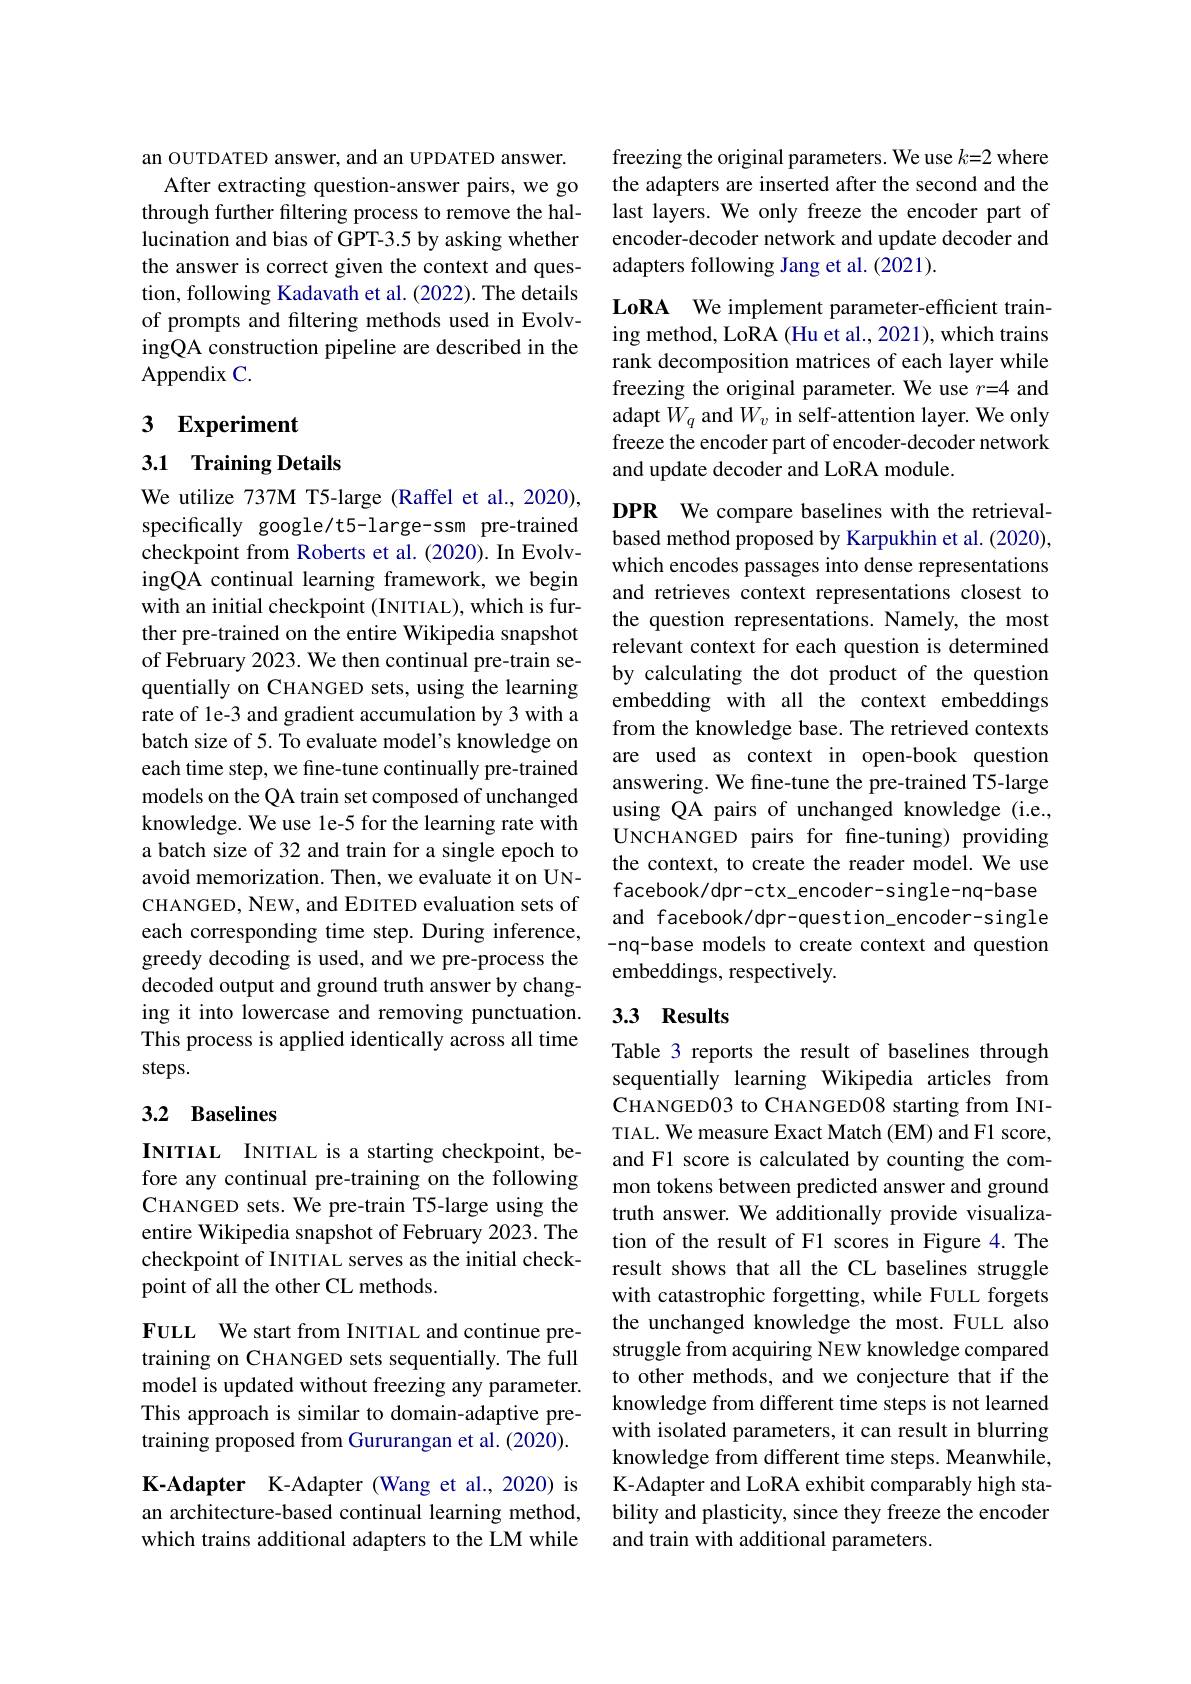
an OUTDATED answer, and an UPDATED answer.
After extracting question-answer pairs, we go through further filtering process to remove the hallucination and bias of GPT-3.5 by asking whether the answer is correct given the context and question, following Kadavath et al. (2022). The details of prompts and filtering methods used in EvolvingQA construction pipeline are described in the Appendix C.

## 3 Experiment

3.1 Training Details

We utilize 737M T5-large (Raffel et al., 2020), specifically google/t5-large-ssm pre-trained checkpoint from Roberts et al.(2020). In EvolvingQA continual learning framework, we begin with an initial checkpoint (INITIAL), which is further pre-trained on the entire Wikipedia snapshot of February 2023. We then continual pre-train sequentially on CHANGED sets, using the learning rate of le-3 and gradient accumulation by 3 with a batch size of 5. To evaluate model's knowledge on each time step, we fine-tune continually pre-trained models on the QA train set composed of unchanged knowledge. We use le-5 for the learning rate with a batch size of 32 and train for a single epoch to avoid memorization. Then, we evaluate it on UNCHANGED, NEW, and EDITED evaluation sets of each corresponding time step. During inference, greedy decoding is used, and we pre-process the decoded output and ground truth answer by changing it into lowercase and removing punctuation. This process is applied identically across all time steps.

## 3.2 Baselines

INITIAL INITIAL is a starting checkpoint, before any continual pre-training on the following CHANGED sets. We pre-train T5-large using the entire Wikipedia snapshot of February 2023. The checkpoint of INITIAL serves as the initial checkpoint of all the other CL methods.

FULL We start from INITIAL and continue pretraining on CHANGED sets sequentially. The full model is updated without freezing any parameter. This approach is similar to domain-adaptive pretraining proposed from Gururangan et al. (2020). K-Adapter K-Adapter (Wang et al., 2020) is an architecture-based continual learning method, which trains additional adapters to the LM while

freezing the original parameters. We use $k=2$ where the adapters are inserted after the second and the last layers. We only freeze the encoder part of encoder-decoder network and update decoder and adapters following Jang et al. (2021).

LoRA We implement parameter-efficient training method, LoRA (Hu et al., 2021), which trains rank decomposition matrices of each layer while freezing the original parameter. We use $r=4$ and adapt $W_q$ and $W_v$ in self-attention layer. We only freeze the encoder part of encoder-decoder network and update decoder and LoRA module.

DPR We compare baselines with the retrievalbased method proposed by Karpukhin et al. (2020), which encodes passages into dense representations and retrieves context representations closest to the question representations. Namely, the most relevant context for each question is determined by calculating the dot product of the question embedding with all the context embeddings from the knowledge base. The retrieved contexts are used as context in open-book question answering. We fine-tune the pre-trained T5-large using QA pairs of unchanged knowledge (i.e., UNCHANGED pairs for fne-tuning) providing the context, to create the reader model. We use facebook/dpr-ctx_encoder-single-nq-base and facebook/dpr-question\_encoder-single -nq-base models to create context and question embeddings, respectively.

## 3.3 Results

Table 3 reports the result of baselines through sequentially learning Wikipedia articles from CHANGED03 to CHANGED08 starting from INITIAL. We measure Exact Match (EM) and F1 score, and F1 score is calculated by counting the common tokens between predicted answer and ground truth answer. We additionally provide visualization of the result of F1 scores in Figure 4.The result shows that all the CL baselines struggle with catastrophic forgetting, while FULL forgets the unchanged knowledge the most.FULL also struggle from acquiring NEW knowledge compared to other methods, and we conjecture that if the knowledge from different time steps is not learned with isolated parameters, it can result in blurring knowledge from different time steps. Meanwhile, K-Adapter and LoRA exhibit comparably high stability and plasticity, since they freeze the encoder and train with additional parameters.